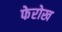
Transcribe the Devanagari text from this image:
फेरोख